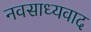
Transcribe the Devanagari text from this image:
नवसाध्यवाद